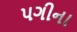
પગીના